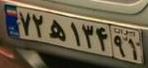
۷۲ه۱۳۴۹۱